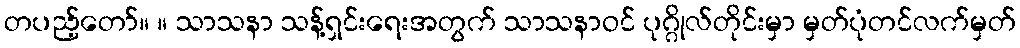
တပည့်တော်။ ။ သာသနာ သန့်ရှင်းရေးအတွက် သာသနာဝင် ပုဂ္ဂိုလ်တိုင်းမှာ မှတ်ပုံတင်လက်မှတ်